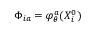
\Phi _ { i a } = \varphi _ { \theta } ^ { a } ( X _ { i } ^ { 0 } )